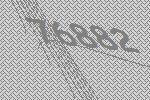
76882